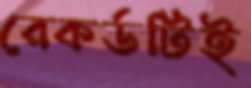
রেকর্ডটিই